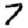
Digit: 7